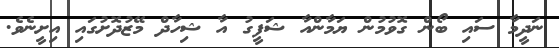
ނަދީމާ ސައި ބޯން ގޮވުމުން ޔަމާންއާ ޝަފީގު އާ ޝިހާދް މޭޒުދޮށުގައި އިށީނެވެ.